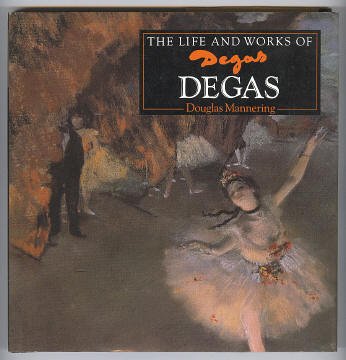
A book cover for The Life and Works of Degas (World's Great Artists); Douglas Mannering; Teen & Young Adult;